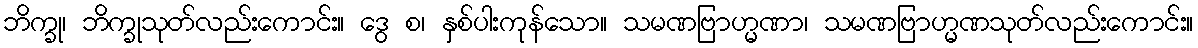
ဘိက္ခု၊ ဘိက္ခုသုတ်လည်းကောင်း။ ဒွေ စ၊ နှစ်ပါးကုန်သော။ သမဏဗြာဟ္မဏာ၊ သမဏဗြာဟ္မဏသုတ်လည်းကောင်း။